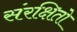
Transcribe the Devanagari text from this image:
संरक्षितो